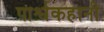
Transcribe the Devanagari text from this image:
पार्श्वकहानी